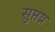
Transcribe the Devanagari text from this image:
सुप्तघ्न